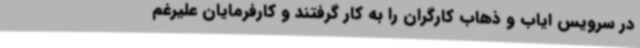
در سرویس ایاب و ذهاب کارگران را به کار گرفتند و کارفرمایان علیرغم